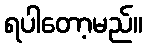
ရပါတော့မည်။